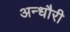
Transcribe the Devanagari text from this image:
अन्धौरी